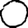
Digit: 0